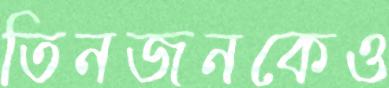
তিনজনকেও